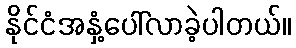
နိုင်ငံအနှံ့ပေါ်လာခဲ့ပါတယ်။